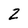
Character: Z